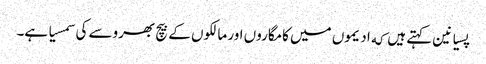
پسیانین کہتے ہیں که ادیموں میں کامگاروں اور مالکوں کے بیچ بھروسے کی سمسیا ہے۔